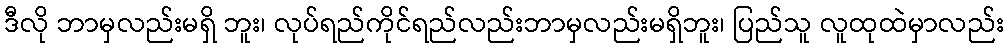
ဒီလို ဘာမှလည်းမရှိ ဘူး၊ လုပ်ရည်ကိုင်ရည်လည်းဘာမှလည်းမရှိဘူး၊ ပြည်သူ လူထုထဲမှာလည်း